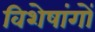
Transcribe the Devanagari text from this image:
विशेषांगों